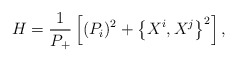
\begin{align*}H= \frac{1}{P_+}\left[ (P_i)^2+ \left\{X^i,X^j\right\}^2 \right],\end{align*}